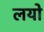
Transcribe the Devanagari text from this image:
लयो